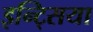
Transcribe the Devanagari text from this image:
इन्ट्सिया